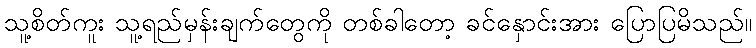
သူ့စိတ်ကူး သူ့ရည်မှန်းချက်တွေကို တစ်ခါတော့ ခင်နှောင်းအား ပြောပြမိသည်။